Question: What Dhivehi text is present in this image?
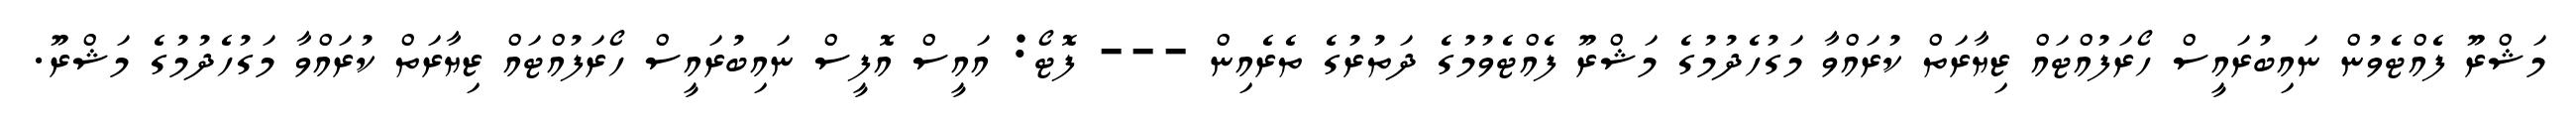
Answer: މަޝްރޫ ފެއްޓެވުން ނައިބުރައީސް ހޯރަފުއްޓައް ޒިޔާރަތް ކުރައްވާ މަގުހެދުމުގެ މަޝްރޫ ފެއްޓެވުމުގެ ދަތުރުގެ ތެރެއިން --- ފޮޓޯ: އައީސް އޮފީސް ނައިބުރައީސް ހޯރަފުއްޓައް ޒިޔާރަތް ކުރައްވާ މަގުހެދުމުގެ މަޝްރޫ.